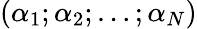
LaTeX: (\alpha_{1};\alpha_{2};\ldots;\alpha_{N})